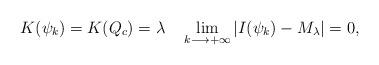
LaTeX: \begin{align*}K(\psi_k) = K(Q_{c}) = \lambda ~ ~~\lim_{k \longrightarrow +\infty}|I(\psi_k)-M_{\lambda}|=0,\end{align*}